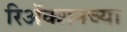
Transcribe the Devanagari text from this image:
रिअॅक्शनच्या